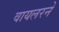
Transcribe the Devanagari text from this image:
वायलरने